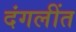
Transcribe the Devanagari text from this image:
दंगलींत